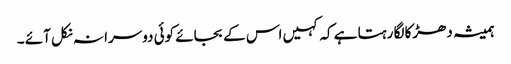
ہمیشہ دھڑکا لگا رہتا ہے کہ کہیں اس کے بجائے کوئی دوسرا نہ نکل آئے ۔